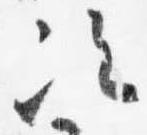
次